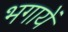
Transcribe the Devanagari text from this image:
भगायें